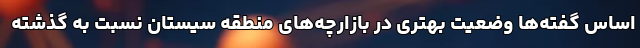
اساس گفته‌ها وضعیت بهتری در بازارچه‌های منطقه سیستان نسبت به گذشته